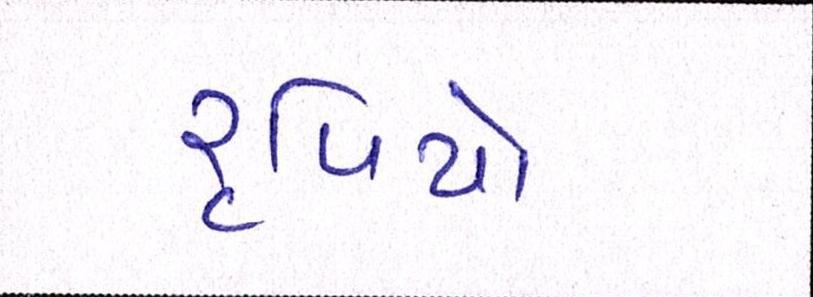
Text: રૃપિયો